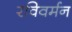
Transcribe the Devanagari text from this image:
रविवर्मन